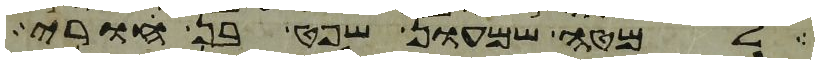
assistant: למטה שמעון שפט בן חורי